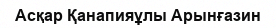
Асқар Қанапияұлы Арынғазин